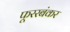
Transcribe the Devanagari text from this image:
फूररबंकर